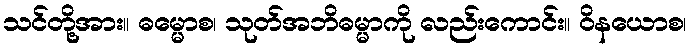
သင်တို့အား။ ဓမ္မောစ၊ သုတ်အဘိဓမ္မာကို လည်းကောင်း။ ဝိနယောစ၊